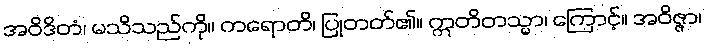
အဝိဒိတံ၊ မသိသည်ကို။ ကရောတိ၊ ပြုတတ်၏။ ဣတိတသ္မာ၊ ကြောင့်။ အဝိဇ္ဇာ၊